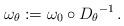
LaTeX: \begin{align*}\omega_\theta:=\omega_0\circ {D_\theta}^{-1}\,.\end{align*}